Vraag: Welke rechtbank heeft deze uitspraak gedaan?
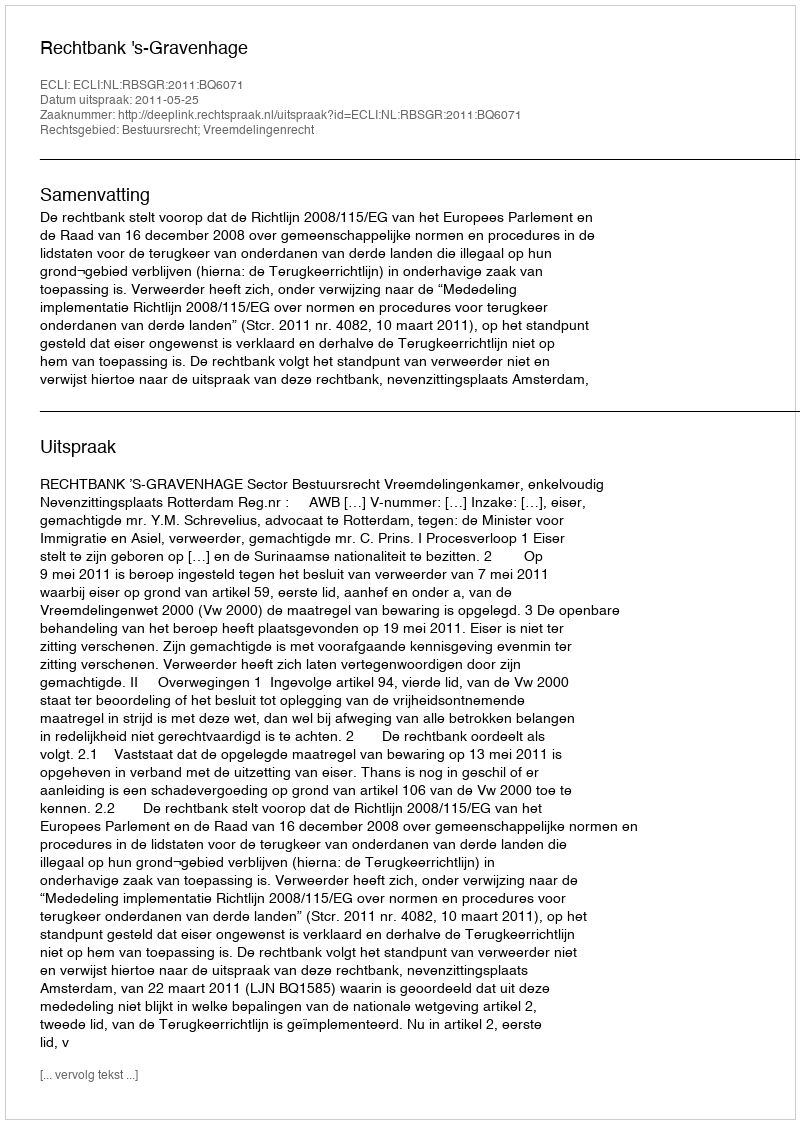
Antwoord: Rechtbank 's-Gravenhage